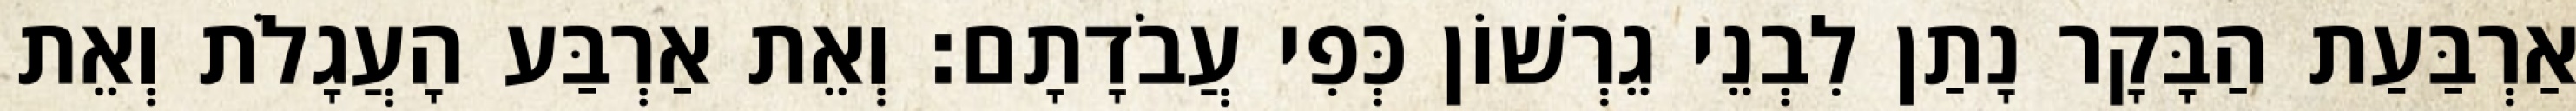
אַרְבַּעַת הַבָּקָר נָתַן לִבְנֵי גֵרְשׁוֹן כְּפִי עֲבֹדָתָם׃ וְאֵת אַרְבַּע הָעֲגָלֹת וְאֵת